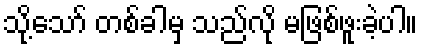
သို့သော် တစ်ခါမှ သည်လို မဖြစ်ဖူးခဲ့ပါ။